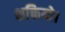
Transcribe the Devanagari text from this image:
शक्तियो।